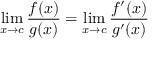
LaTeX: \operatorname* { l i m } _ { x \to c } { \frac { f ( x ) } { g ( x ) } } = \operatorname* { l i m } _ { x \to c } { \frac { f ^ { \prime } ( x ) } { g ^ { \prime } ( x ) } }